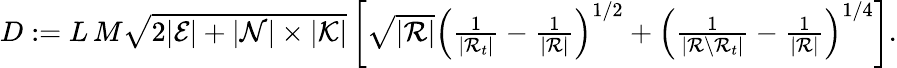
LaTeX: \begin{array}{r}{D:=L\, M\sqrt{2|\mathcal{E}|+|\mathcal{N}|\times|\mathcal{K}|}\left[\sqrt{|\mathcal{R}|}\left(\frac{1}{|\mathcal{R}_{t}|}-\frac{1}{|\mathcal{R}|}\right)^{1/2}+\left(\frac{1}{|\mathcal{R}\setminus\mathcal{R}_{t}|}-\frac{1}{|\mathcal{R}|}\right)^{1/4}\right].}\end{array}